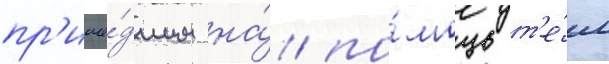
пр'ише́дшим на́ по́мощь т'е́м